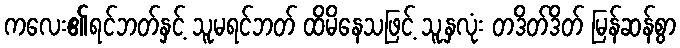
ကလေး၏ရင်ဘတ်နှင့် သူမရင်ဘတ် ထိမိနေသဖြင့် သူ့နှလုံး တဒိတ်ဒိတ် မြန်ဆန်စွာ